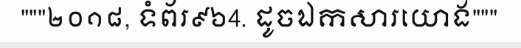
"""២០១៨, ទំព័រ៩៦4. ដូចឯកសារយោង"""